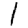
Digit: 1